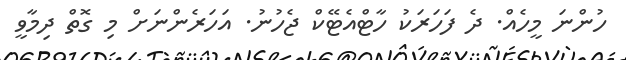
ހުންނަ މީހެއް. ދެ ފަހަރަކު ހާޓްއެޓޭކް ޖެހުނު. އަހަރެންނަށް މި ގޮތް ދިމާވީ